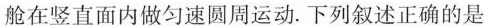
舱在竖直面内做匀速圆周运动。下列叙述正确的是